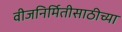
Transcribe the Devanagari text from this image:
वीजनिर्मितीसाठीच्या